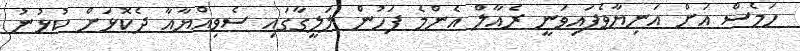
ހަމެސް އަށް އަނިޔާވެފައިވަނީ ރެއާލް އެންމެ ފަހުން ލަލީގާގައި ސެވިއްޔާއާ ދެކޮޅަށް ކުޅުުނު